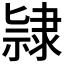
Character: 𨽻